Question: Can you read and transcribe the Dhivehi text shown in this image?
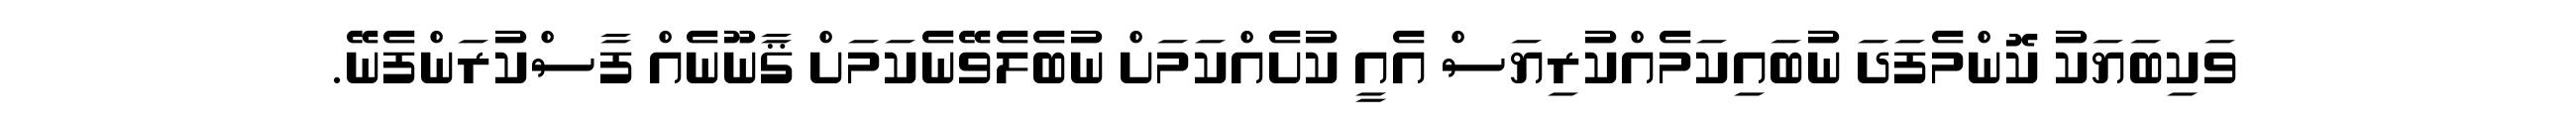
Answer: ވަކިބަޔަކު ކޮންމެފަދަ ނުބައިކަމެއްކުރިޔަސް އެއީ ކުށެއްކަމަށް ނުބެލެވޭނެކަމަށް ޤާނޫނެއް ފާސްކުރަންފެނޭ.